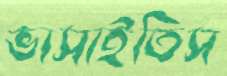
ভাসাইতিস